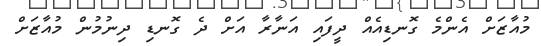
މުއާޒަށް އެންމެ ގޮނޑިއެއް ދީފައި އަނާރާ އަށް ދެ ގޮނޑި ދިނުމުން މުއާޒަށް